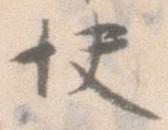
快